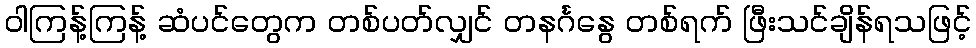
ဝါကြန့်ကြန့် ဆံပင်တွေက တစ်ပတ်လျှင် တနင်္ဂနွေ တစ်ရက် ဖြီးသင်ချိန်ရသဖြင့်